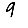
Digit: 9